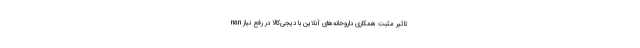
nan تاثیر مثبت همکاری داروخانه‌های آنلاین با دیجی‌کالا در رفع نیاز